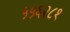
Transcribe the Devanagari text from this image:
५५६२८१